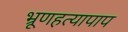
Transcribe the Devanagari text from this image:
भ्रूणहत्यापाप